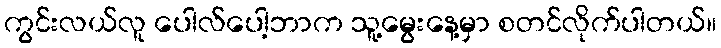
ကွင်းလယ်လူ ပေါလ်ပေါ့ဘာက သူ့မွေးနေ့မှာ စတင်လိုက်ပါတယ်။